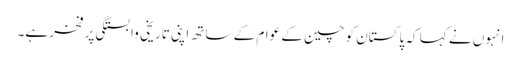
انہوں نے کہا کہ پاکستان کو چین کے عوام کے ساتھ اپنی تاریخی وابستگی پر فخر ہے۔